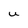
Character: u